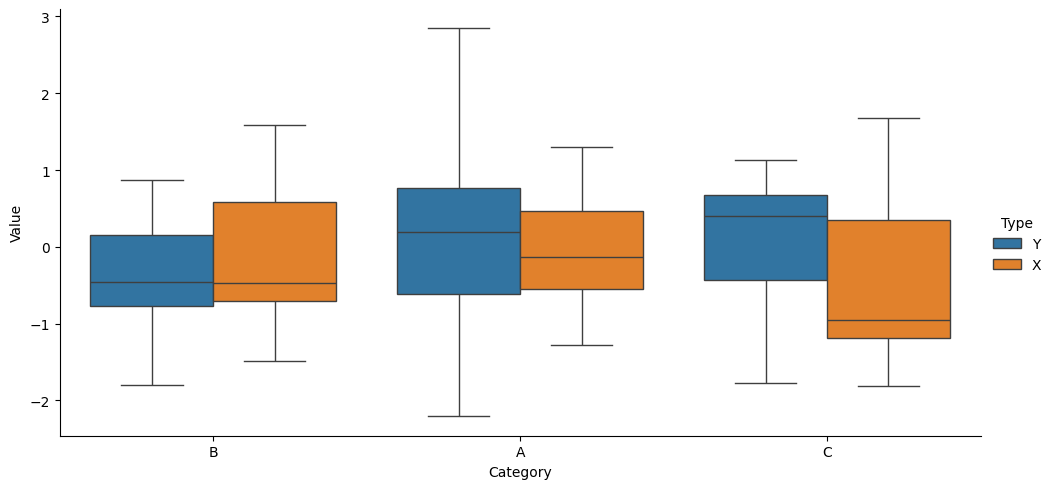
python, seaborn, catplot, kind='box', height=5, aspect=2